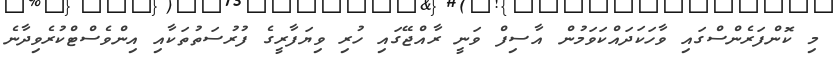
މި ކޮންފަރެންސްގައި ވާހަކަދައްކަވަމުން އާސިފް ވަނީ ރާއްޖޭގައި ހުރި ވިޔަފާރީގެ ފުރުސަތުތަކާއި އިންވެސްޓްކުރެވިދާނެ